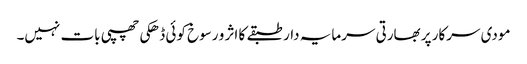
مودی سرکار پر بھارتی سرمایہ دار طبقے کا اثر و رسوخ کوئی ڈھکی چھپی بات نہیں۔